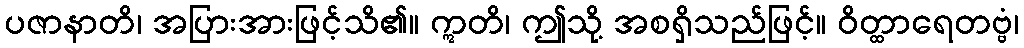
ပဇာနာတိ၊ အပြားအားဖြင့်သိ၏။ ဣတိ၊ ဤသို့ အစရှိသည်ဖြင့်။ ဝိတ္ထာရေတဗ္ဗံ၊